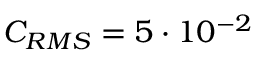
C _ { R M S } = 5 \cdot 1 0 ^ { - 2 }